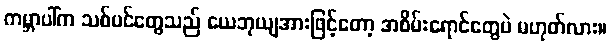
ကမ္ဘာပါ်က သစ်ပင်တွေသည် ယေဘုယျအားဖြင့်တော့ အစိမ်းရောင်တွေပဲ မဟုတ်လား။